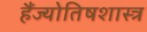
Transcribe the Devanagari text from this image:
हैंज्योतिषशास्त्र